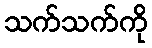
သက်သက်ကို